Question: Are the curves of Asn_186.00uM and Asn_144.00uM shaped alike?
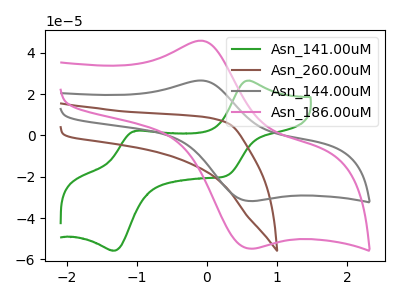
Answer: <think>The green curve "Asn_141.00uM" has anodic peaks at (0.60V, 26.55uA) (-1.00V, 2.25uA) and cathodic peaks at (0.30V, -19.40uA) (-1.35V, -55.75uA). The brown curve "Asn_260.00uM" has no peaks. The gray curve "Asn_144.00uM" has an anodic peak at (-0.10V, 26.60uA) and a cathodic peak at (0.60V, -31.70uA). The pink curve "Asn_186.00uM" has an anodic peak at (-0.10V, 45.85uA) and a cathodic peak at (0.60V, -54.70uA).
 All the peaks in "Asn_186.00uM" have a peak in "Asn_144.00uM" at the same potential. Every peak in "Asn_186.00uM" is higher than every peak in "Asn_144.00uM".</think>
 <answer>"Asn_186.00uM" and "Asn_144.00uM" are similar in shape.</answer>
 <eval>same_shape</eval>